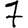
Digit: 7